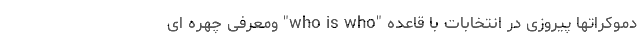
دموکراتها پیروزی در انتخابات با قاعده "who is who" ومعرفی چهره ای